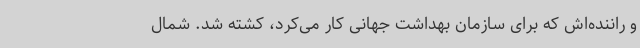
و راننده‌اش که برای سازمان بهداشت جهانی کار می‌کرد، کشته شد. شمال